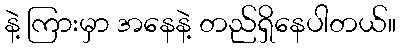
နဲ့ ကြားမှာ အနေနဲ့ တည်ရှိနေပါတယ်။